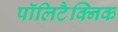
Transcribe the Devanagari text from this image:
पॉलिटैक्निक